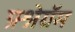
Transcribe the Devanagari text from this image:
प्रश्नेग्रॅम